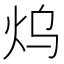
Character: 𤆡